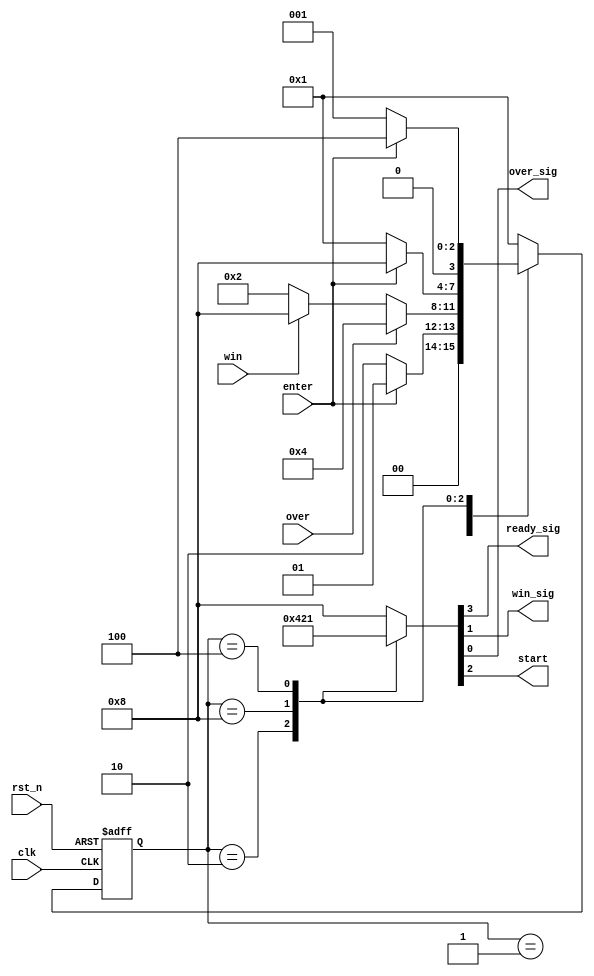
module snake_game_process
	(clk,rst_n,enter,over,win,
	ready_sig,win_sig,over_sig,start
	);
	input clk;
	input rst_n;
	input enter;
	input over;
	input win;
	output start;
	output ready_sig;
	output win_sig;
	output over_sig;

	parameter ready = 4'b0001,game = 4'b0010,game_over = 4'b0100,wining = 4'b1000;
	reg [3:0] game_current_process,game_next_process;
	reg ready_sig;
	reg win_sig;
	reg over_sig;
	reg start;
	
	always @(posedge clk or negedge rst_n)
	begin	
		if(!rst_n)
			game_current_process <= ready;
		else
			game_current_process <= game_next_process;
	end
	
	always @(game_current_process or over or enter or win)
	begin
		case(game_current_process)
			ready:
			begin
				ready_out;
				if(!enter)
					game_next_process = game;
				else
					game_next_process = ready;
			end
			game:
			begin
				game_out;
				if(over)
					game_next_process = game_over;
				else if(win)
					game_next_process = wining;
				else
					game_next_process = game;
			end
			wining:
			begin
				win_out;
				if(!enter)
				game_next_process = ready;
				else
				game_next_process = wining;
			end
			game_over:
			begin
				over_out;
				if(!enter)
				game_next_process = ready;
				else
				game_next_process = game_over;
			end
			default:
			begin
				ready_out;
				game_next_process = ready;
			end	
		endcase
	end
	
	task ready_out;
    {ready_sig,start,win_sig,over_sig} = 4'b1000;
    endtask   
    
	task game_out;
    {ready_sig,start,win_sig,over_sig} = 4'b0100;
	endtask
	
	task win_out;
    {ready_sig,start,win_sig,over_sig} = 4'b0010;
	endtask
	
	task over_out;
    {ready_sig,start,win_sig,over_sig} = 4'b0001;
	endtask
	
endmodule